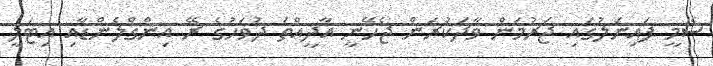
ސެމީ ފައިނަލުގައި ޖަރުމަން ވާދަކުރަން ޖެހޭނީ އާދީއްތަ ދުވަހުގެ ރޭ އިންގްލެންޑާއި އިޓަލީ